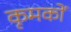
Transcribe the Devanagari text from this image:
कृमकों